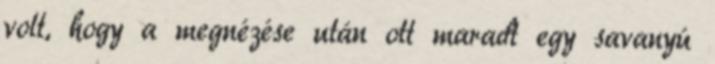
volt, hogy a megnézése után ott maradt egy savanyú